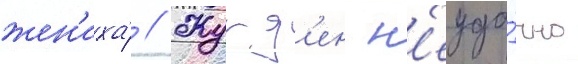
жен'иха́ // Журд'ен н'еуда́чно